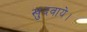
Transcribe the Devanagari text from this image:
खुदवाये।